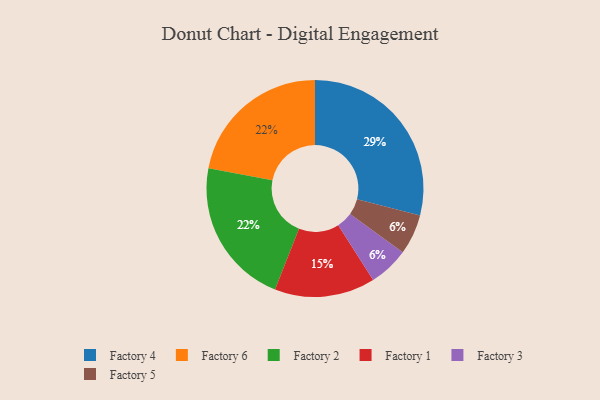
{"axis": {"x": "Category", "y": "Percentage"}, "legend": ["Factory 1", "Factory 2", "Factory 3", "Factory 4", "Factory 5", "Factory 6"], "data": [{"x": "Factory 4", "y": 29, "type": "Factory 4"}, {"x": "Factory 3", "y": 6, "type": "Factory 3"}, {"x": "Factory 6", "y": 22, "type": "Factory 6"}, {"x": "Factory 2", "y": 22, "type": "Factory 2"}, {"x": "Factory 5", "y": 6, "type": "Factory 5"}, {"x": "Factory 1", "y": 15, "type": "Factory 1"}]}